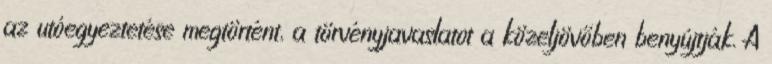
az utóegyeztetése megtörtént, a törvényjavaslatot a közeljövőben benyújtják. A